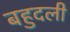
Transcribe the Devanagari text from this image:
बहुदली